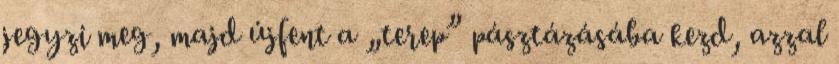
jegyzi meg, majd újfent a „terep” pásztázásába kezd, azzal